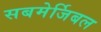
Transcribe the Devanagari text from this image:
सबमेर्जिबल